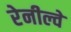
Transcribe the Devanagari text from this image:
रेनील्वे